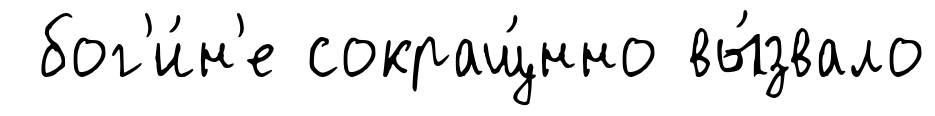
бог'и́н'е сокращ́нно вы́звало